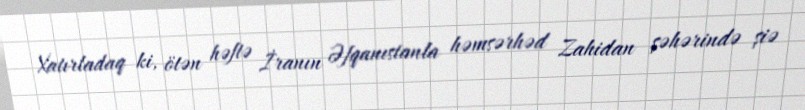
Xatırladaq ki, ötən həftə İranın Əfqanıstanla həmsərhəd Zahidan şəhərində şiə